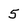
Character: 5